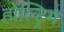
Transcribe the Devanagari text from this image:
होल्ट्रिम